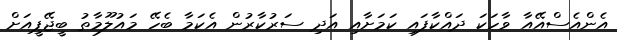
އެންއެސްއޭއާ ވާހަކަ ދައްކާފައި ކަމަށާއި އަދި ސަރުކާރުން އެކަމާ ބެހޭ މައުލޫމާތު ބީޖޭޕީއަށް